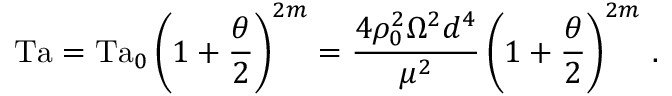
\mathrm { T a } = \mathrm { T a } _ { 0 } \left( 1 + \frac { \theta } { 2 } \right) ^ { 2 m } = \frac { 4 \rho _ { 0 } ^ { 2 } \Omega ^ { 2 } d ^ { 4 } } { \mu ^ { 2 } } \left( 1 + \frac { \theta } { 2 } \right) ^ { 2 m } \, .